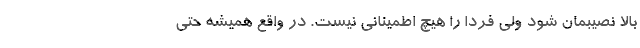
بالا نصیبمان شود ولی فردا را هیچ اطمینانی نیست. در واقع همیشه حتی